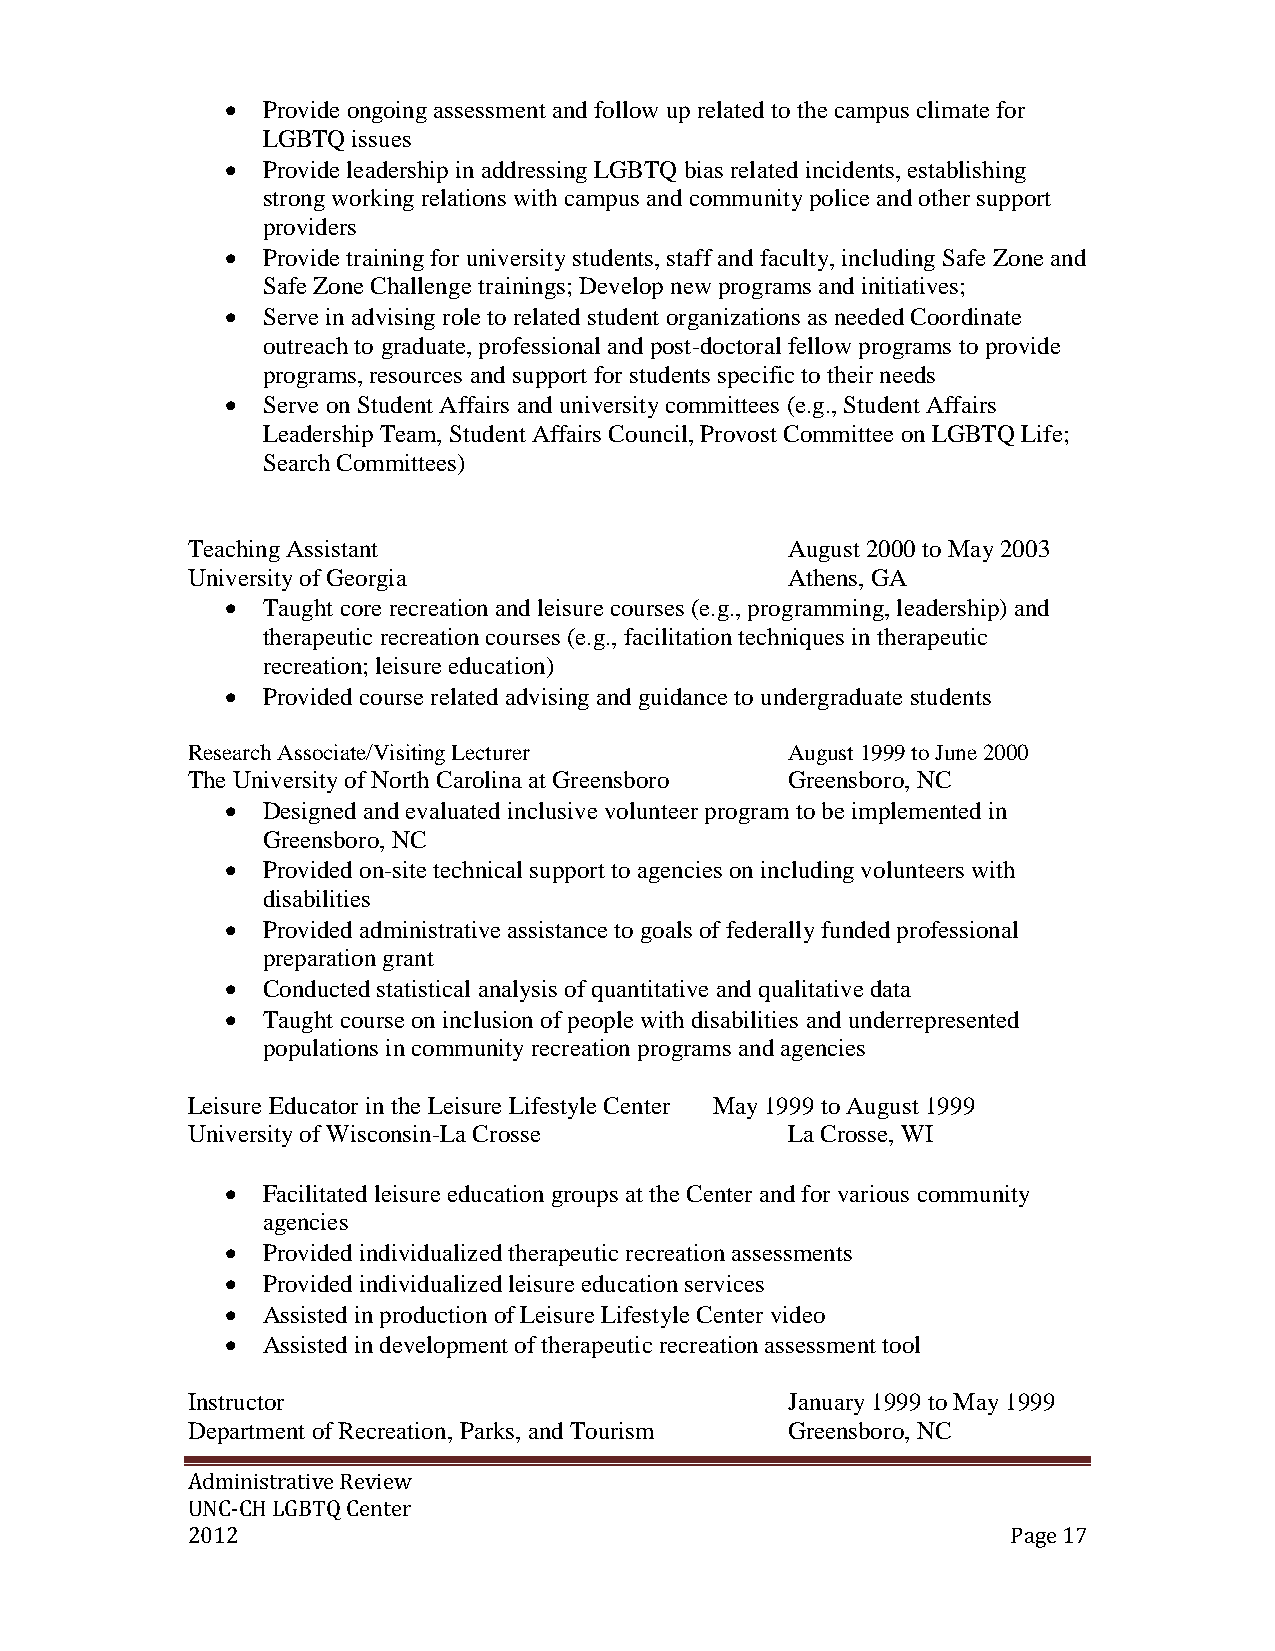
 Provide ongoing assessment and follow up related to the campus climate for
 LGBTQ issues
  Provide leadership in addressing LGBTQ bias related incidents, establishing
 strong working relations with campus and community police and other support
 providers
  Provide training for university students, staff and faculty, including Safe Zone and
 Safe Zone Challenge trainings; Develop new programs and initiatives;
  Serve in advising role to related student organizations as needed Coordinate
 outreach to graduate, professional and post-doctoral fellow programs to provide
 programs, resources and support for students specific to their needs
  Serve on Student Affairs and university committees (e.g., Student Affairs
 Leadership Team, Student Affairs Council, Provost Committee on LGBTQ Life;
 Search Committees)
 Teaching Assistant                      August 2000 to May 2003
 University of Georgia                   Athens, GA
  Taught core recreation and leisure courses (e.g., programming, leadership) and
 therapeutic recreation courses (e.g., facilitation techniques in therapeutic
 recreation; leisure education)
  Provided course related advising and guidance to undergraduate students
 Research Associate/Visiting Lecturer    August 1999 to June 2000
 The University of North Carolina at Greensboro Greensboro, NC
  Designed and evaluated inclusive volunteer program to be implemented in
 Greensboro, NC
  Provided on-site technical support to agencies on including volunteers with
 disabilities
  Provided administrative assistance to goals of federally funded professional
 preparation grant
  Conducted statistical analysis of quantitative and qualitative data
  Taught course on inclusion of people with disabilities and underrepresented
 populations in community recreation programs and agencies
 Leisure Educator in the Leisure Lifestyle Center May 1999 to August 1999
 University of Wisconsin-La Crosse       La Crosse, WI
  Facilitated leisure education groups at the Center and for various community
 agencies
  Provided individualized therapeutic recreation assessments
  Provided individualized leisure education services
  Assisted in production of Leisure Lifestyle Center video
  Assisted in development of therapeutic recreation assessment tool
 Instructor                              January 1999 to May 1999
 Department of Recreation, Parks, and Tourism Greensboro, NC
 Administrative Review
 UNC-CH LGBTQ Center
 2012                                                   Page 17